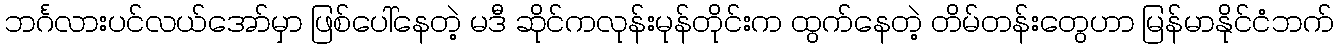
ဘင်္ဂလားပင်လယ်အော်မှာ ဖြစ်ပေါ်နေတဲ့ မဒီ ဆိုင်ကလုန်းမုန်တိုင်းက ထွက်နေတဲ့ တိမ်တန်းတွေဟာ မြန်မာနိုင်ငံဘက်